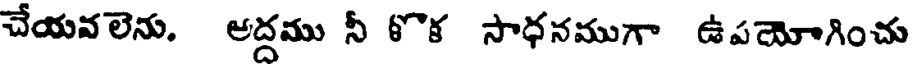
చేయవలెను. అద్దము నీ 6ొక సాధనముగా ఉపయోగించు